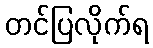
တင်ပြလိုက်ရ